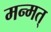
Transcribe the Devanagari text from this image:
मन्मत्